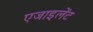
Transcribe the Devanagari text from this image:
एजाइलेंट